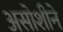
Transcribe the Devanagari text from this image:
असोशीने